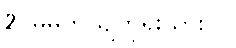
2. မိမိကိုယျကိုရိုးသားပါ။